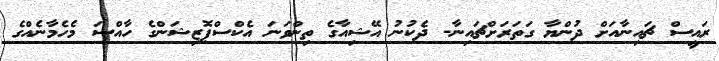
ރައީސް ޗައިނާއަށް ދުންޔާ ގަތަރަށްޗައިނާ- ދެކުނު އޭޝިއާގެ ތިންވަނަ އެކްސްޕޮޒިޝަންގެ ހާއްސަ މެހެމާނެއްގެ